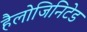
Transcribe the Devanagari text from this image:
हैलोजिनिटेड